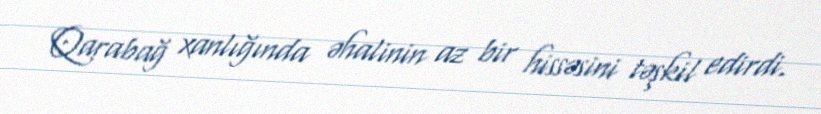
Qarabağ xanlığında əhalinin az bir hissəsini təşkil edirdi.